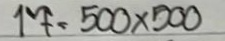
17 = 500 x 500